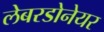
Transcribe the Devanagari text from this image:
लेबरडोनेयर